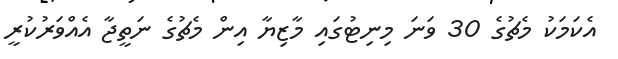
އެކަމަކު މެޗުގެ 30 ވަނަ މިނިޓުގައި މާޒިޔާ އިން މެޗުގެ ނަތީޖާ އެއްވަރުކުރީ